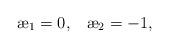
LaTeX: \begin{align*}{\ae}_1 = 0,\;\;\; {\ae}_2 = - 1,\end{align*}